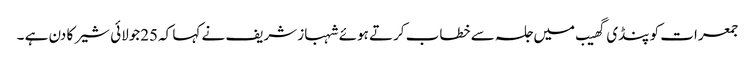
جمعرات کو پنڈی گھیب میں جلسہ سے خطاب کرتے ہوئے شہباز شریف نے کہا کہ25جولائی شیر کا دن ہے ۔